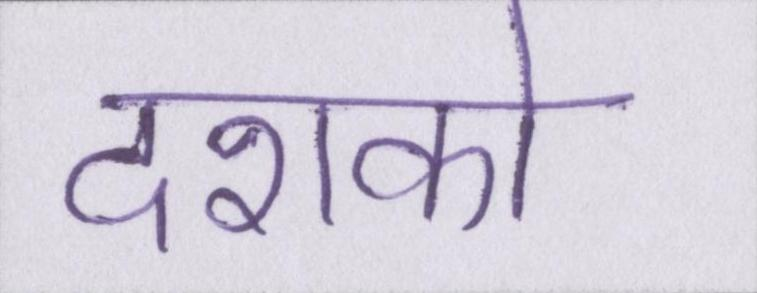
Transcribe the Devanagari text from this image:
दशको